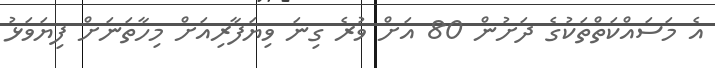
އެ މަސައްކަތްތަކުގެ ދަށުން 80 އަށް ވުރެ ގިނަ ވިޔަފާރިއަށް މިހާތަނަށް ފިޔަވަޅު